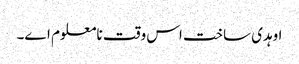
اوہدی ساخت اس وقت نامعلوم ا‏‏ے۔